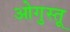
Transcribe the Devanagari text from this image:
ओगुस्तू